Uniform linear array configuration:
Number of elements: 4
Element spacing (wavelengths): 0.25
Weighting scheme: exponential
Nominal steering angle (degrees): -45
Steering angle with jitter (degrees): -46.863
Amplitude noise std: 0.05
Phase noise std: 0.05

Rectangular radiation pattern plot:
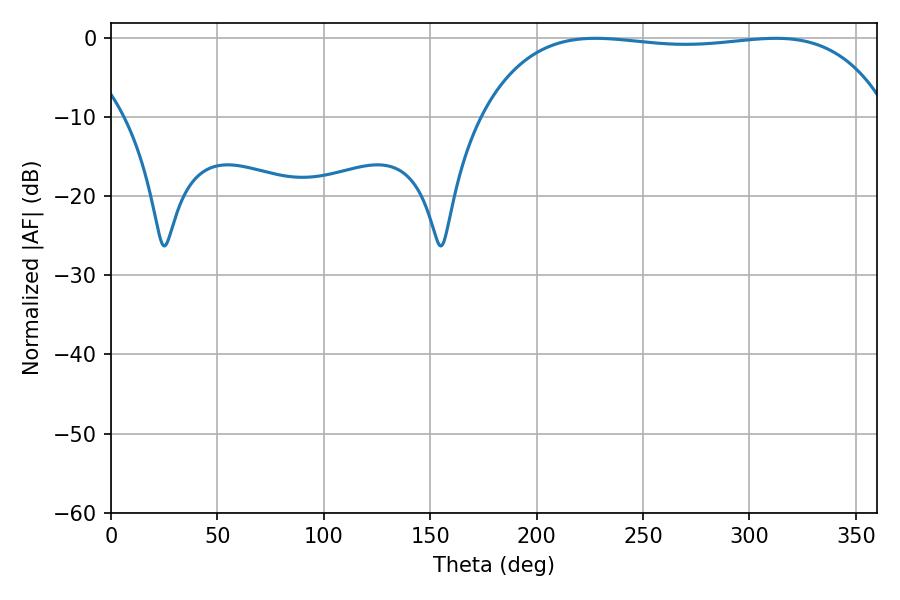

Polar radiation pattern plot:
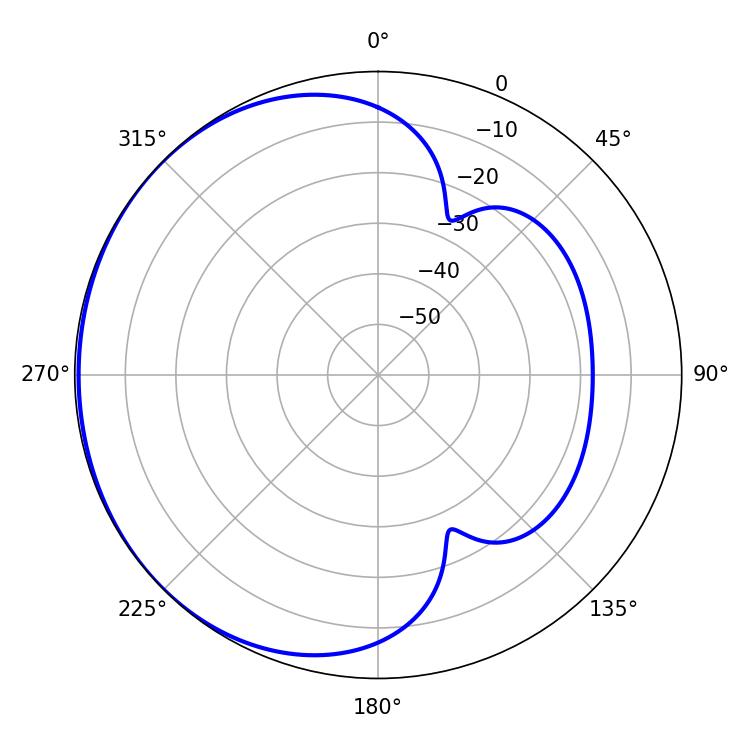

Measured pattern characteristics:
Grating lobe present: FALSE
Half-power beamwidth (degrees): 152.64
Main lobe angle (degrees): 227.7